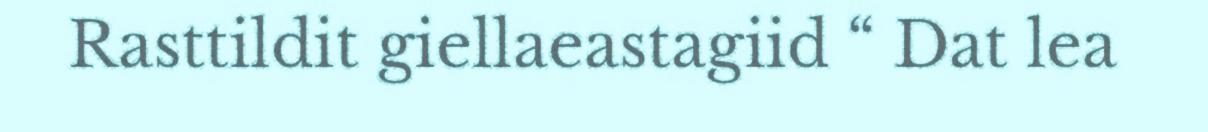
Rasttildit giellaeastagiid “ Dat lea